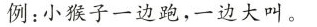
例：小猴子一边跑，一边大叫。